Bombay plague: being a history of the progress of plague in the Bombay presidency from September 1896 to June 1899
Year: 1896
Disease focus: Plague
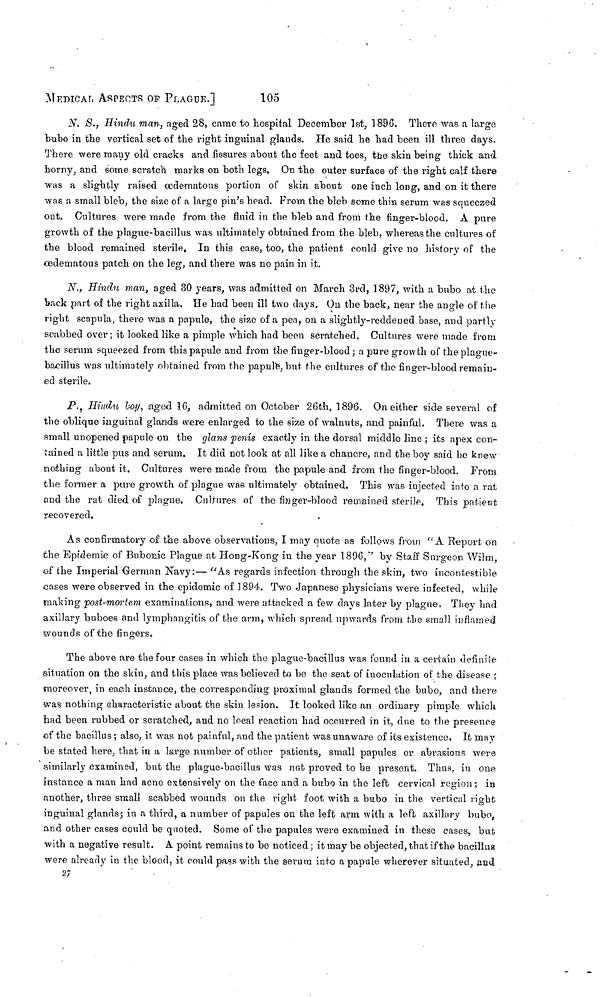
MEDICAL ASPECTS OP PLAGUE.]
105
N. S., Hindu man, aged 28, came to hospital December 1st, 1896. There was a largo
bubo in the vertical set of the right inguinal glands. He said he had been ill three days.
There were many old cracks and fissures about the feet and toes, the skin being thick and
horny, and some scratch marks on both legs. On the outer surface of the right calf there
was a slightly raised œdematous portion of skin about one inch long, and on it there
was a small bleb, the size of a large pin's head. From the bleb some thin serum was squeezed
out. Cultures were made from the fluid in the bleb and from the finger-blood. A pure
growth of the plague-bacillus was ultimately obtained from the bleb, whereas the cultures of
the blood remained sterile. In this case, too, the patient could give no history of the
œdematous patch on the leg, and there was no pain in it.
N., Hindu man, aged 30 years, was admitted on March 3rd, 1897, with a bubo at the
back part of the right axilla. He had been ill two days. On the back, near the angle of the
right scapula, there was a papule, the size of a pea, on a slightly-reddened base, and partly
scabbed over ; it looked like a pimple which had been scratched. Cultures were made from
the serum squeezed from this papule and from the finger-blood; a pure growth of the plague-
bacillus was ultimately obtained from the papule, but the cultures of the finger-blood remain-
ed sterile.
P., Hindu boy, aged 16, admitted on October 26th, 1896. On either side several of
the oblique inguinal glands were enlarged to the size of walnuts, and painful. There was a
small unopened papule on the glans penis exactly in the dorsal middle line ; its apex con-
tained a little pus and serum. It did not look at all like a chancre, and the boy said he knew
nothing about it. Cultures were made from the papule and from the finger-blood. From
the former a pure growth of plague was ultimately obtained. This was injected into a rat
and the rat died of plague. Cultures of the finger-blood remained sterile. This patient
recovered.
As confirmatory of the above observations, I may quote as follows from " A Report on
the Epidemic of Bubonic Plague at Hong-Kong in the year 1896," by Staff Surgeon Wilm,
of the Imperial German Navy:— "As regards infection through the skin, two incontestible
cases were observed in the epidemic of 1894. Two Japanese physicians were infected, while
making post-mortem examinations, and were attacked a few days later by plague. They had
axillary buboes and lymphangitis of the arm, which spread upwards from the small inflamed
wounds of the fingers.
The above are the four cases in which the plague-bacillus was found in a certain definite
situation on the skin, and this place was believed to be the seat of inoculation of the disease 5
moreover, in each instance, the corresponding proximal glands formed the bubo, and there
was nothing characteristic about the skin lesion. It looked like an ordinary pimple which
had been rubbed or scratched, and no local reaction had occurred in it, due to the presence
of the bacillus ; also, it was not painful, and the patient was unaware of its existence. It may
be stated here, that in a large number of other patients, small papules or abrasions were
similarly examined, but the plague-bacillus was not proved to be present. Thus, in one
instance a man had acne extensively on the face and a bubo in the left cervical region ; in
another, three small scabbed wounds on the right foot with a bubo in the vertical right
inguinal glands ; in a third, a number of papules on the left arm with a left axillary bubo,
and other cases could be quoted. Some of the papules were examined in these cases, but
with a negative result. A point remains to be noticed ; it may be objected, that if the bacillus
were already in the blood, it could pass with the serum into a papule wherever situated, and
27